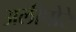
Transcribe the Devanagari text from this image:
अलीपोरे